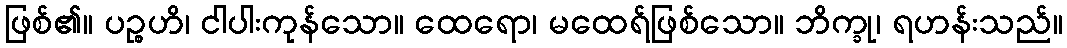
ဖြစ်၏။ ပဉ္စဟိ၊ ငါပါးကုန်သော။ ထေရော၊ မထေရ်ဖြစ်သော။ ဘိက္ခု၊ ရဟန်းသည်။